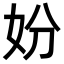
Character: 妢